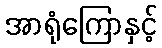
အာရုံကြောနှင့်